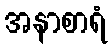
အနာစာရံ